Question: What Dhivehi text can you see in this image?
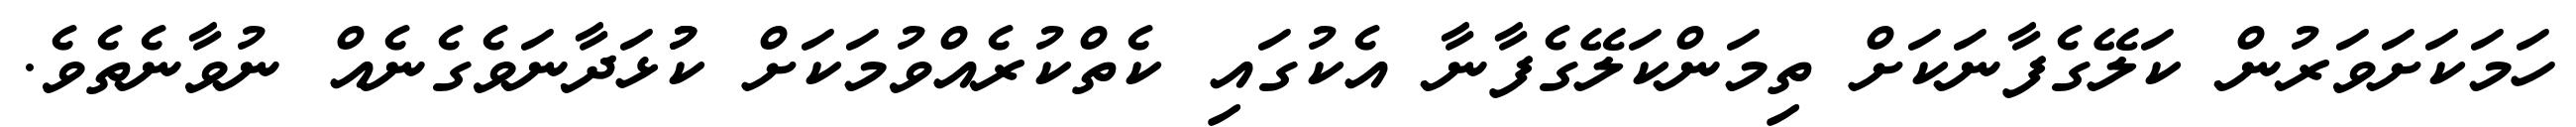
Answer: ހަމަކަށަވަރުން ކަލޭގެފާނަކަށް ތިމަންކަލޭގެފާނާ އެކުގައި ކެތްކުރެއްވުމަކަށް ކުުޅަދާނަވެގެނެއް ނުވާނެތެވެ.